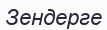
Зендерге